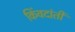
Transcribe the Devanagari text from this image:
किंवदांती